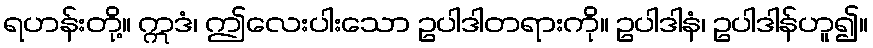
ရဟန်းတို့။ ဣဒံ၊ ဤလေးပါးသော ဥပါဒါတရားကို။ ဥပါဒါနံ၊ ဥပါဒါန်ဟူ၍။